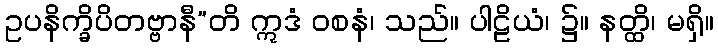
ဥပနိက္ခိပိတဗ္ဗာနီ”တိ ဣဒံ ဝစနံ၊ သည်။ ပါဠိယံ၊ ၌။ နတ္ထိ၊ မရှိ။